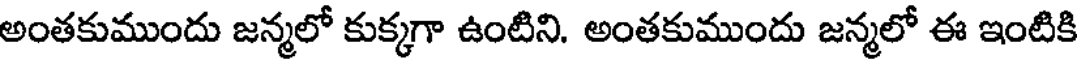
అంతకుముందు జన్మలో కుక్కగా ఉంటిని. అంతకుముందు జన్మలో ఈ ఇంటికి